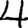
Digit: 4